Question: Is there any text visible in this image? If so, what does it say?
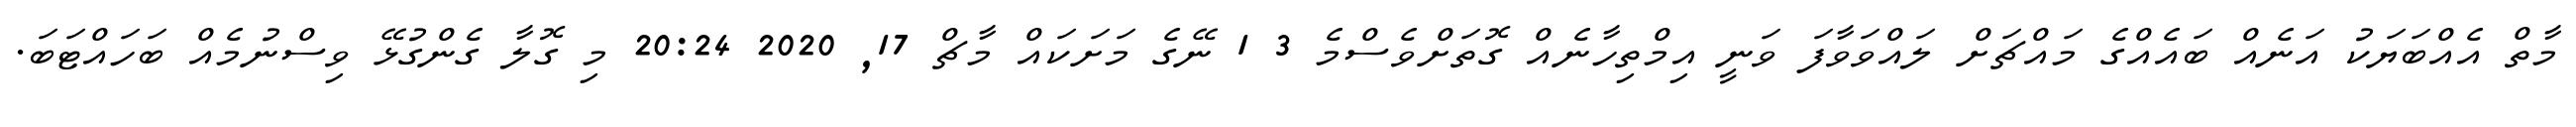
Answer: މާތް އެއްބަޔަކު އަނެއް ބައެއްގެ މައްޗަށް ލައްވަވާފަ ވަނީ އިމްތިހާނެއް ގޮތަށްވެސްމެ 3 1 ނޭގެ މަށަކައް މާޗް 17, 2020 20:24 މި ގޮލާ ގެންގުޅޭ ވިސްނުމެއް ބަހައްޓަބަ.